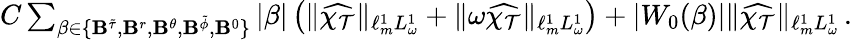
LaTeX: \begin{array}{r}{C\sum_{\beta\in\{ {\mathbf B}^{\tilde{\tau}},{\mathbf B}^{r},{\mathbf B}^{\theta},{\mathbf B}^{\tilde{\phi}},{\mathbf B}^{0}\} }|\beta|\left(\| \widehat{\chi_{\mathcal{T}}}\| _{\ell_{m}^{1}L_{\omega}^{1}}+\| \omega\widehat{\chi_{\mathcal{T}}}\| _{\ell_{m}^{1}L_{\omega}^{1}}\right)+|W_{0}(\beta)|\| \widehat{\chi_{\mathcal{T}}}\| _{\ell_{m}^{1}L_{\omega}^{1}}\, .}\end{array}